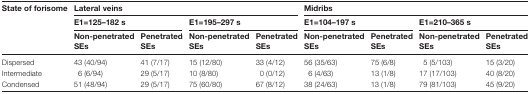
<table><thead><tr><td rowspan="3"><b>State of forisome</b></td><td colspan="4"><b>Lateral veins</b></td><td colspan="4"><b>Midribs</b></td></tr><tr><td colspan="2"><b>E1=125–182 s</b></td><td colspan="2"><b>E1=195–297 s</b></td><td colspan="2"><b>E1=104–197 s</b></td><td colspan="2"><b>E1=210–365 s</b></td></tr><tr><td><b>Non-penetrated SEs</b></td><td><b>Penetrated SEs</b></td><td><b>Non-penetrated SEs</b></td><td><b>Penetrated SEs</b></td><td><b>Non-penetrated SEs</b></td><td><b>Penetrated SEs</b></td><td><b>Non-penetrated SEs</b></td><td><b>Penetrated SEs</b></td></tr></thead><tbody><tr><td>Dispersed</td><td>43 (40/94)</td><td>41 (7/17)</td><td>15 (12/80)</td><td>33 (4/12)</td><td>56 (35/63)</td><td>75 (6/8)</td><td>5 (5/103)</td><td>15 (3/20)</td></tr><tr><td>Intermediate</td><td>6 (6/94)</td><td>29 (5/17)</td><td>10 (8/80)</td><td>0 (0/12)</td><td>6 (4/63)</td><td>13 (1/8)</td><td>17 (17/103)</td><td>40 (8/20)</td></tr><tr><td>Condensed</td><td>51 (48/94)</td><td>29 (5/17)</td><td>75 (60/80)</td><td>67 (8/12)</td><td>38 (24/63)</td><td>13 (1/8)</td><td>79 (81/103)</td><td>45 (9/20)</td></tr></tbody></table>